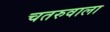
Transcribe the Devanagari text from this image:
चतरुवाला